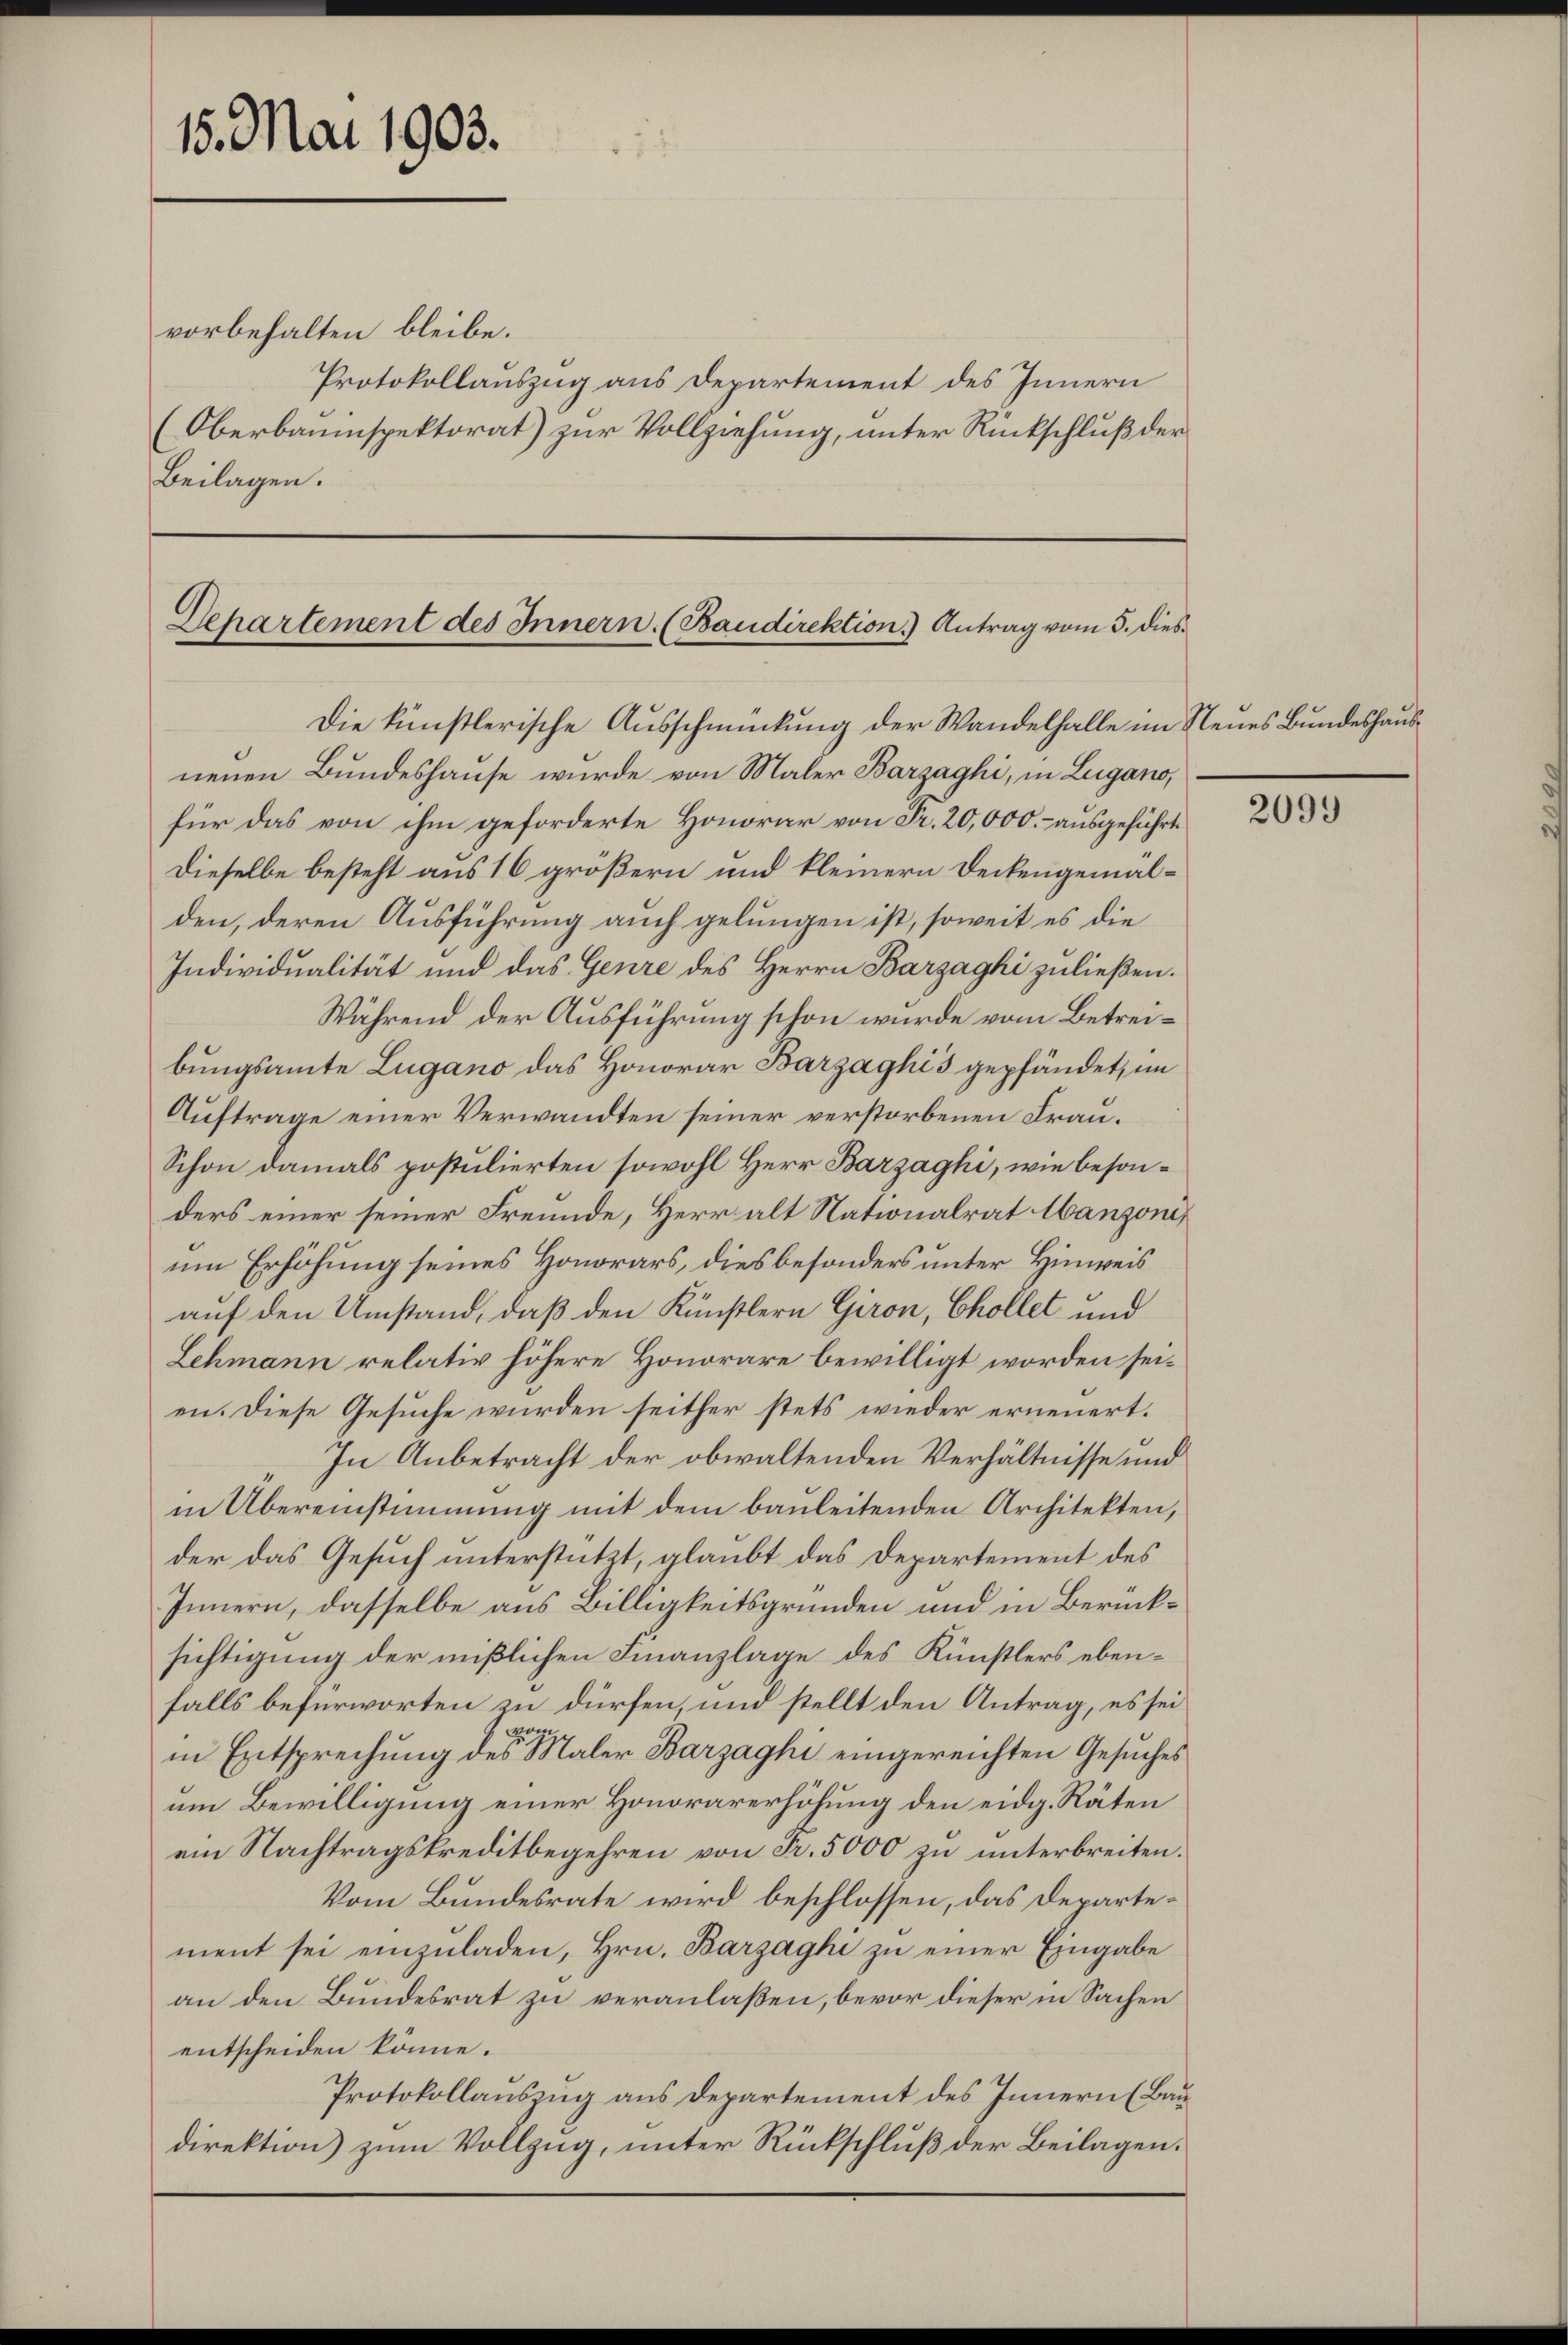
15. Mai 1903.

vorbehalten bleibe.
Protokollauszug aus Departement des Innern
(Oberbauinspektorat) zur Vollziehung, unter Rückschluß der
Beilagen.

Dehartement des Innern. (Baudirektion) Antrag vom 5. dies
Die künstlerische Ausschmückung der Wandelhalle im Neues Bundeshausneuen Bundeshause wurde von Maler Barzaghi, in Lugano,

für das von ihm geforderte Honorar von Fr. 20,000.- ausgeführt
Dieselbe besteht aus 16 größern und kleinern Deckengemälden, deren Ausführung auch gelungen ist, soweit es die
Individualität und das Genre des Herrn Barzaghi zu ließen.
Während der Ausführung schon wurde vom Betreibungsamte Lugano das Honorar Barzaghis gepfändet, im
Auftrage einer Verwandten seiner verstorbenen Fran¬
Schon damals postulierten sowohl Herr Barzaghi, wie besonders einer seiner Freunde, Herr alt Nationalrat Manzoni,
um Erhöhung seines Honorars, dies besonders unter Hinweis
auf den Umstand, daß den Künstlern Giron, Chollet und
Lehmann relativ höhere Honorare bewilligt worden seien. Diese Gesuche wurden seither stets wieder erneuert.
In Anbetracht der obwaltenden Verhältnisse und
in Übereinstimmung mit dem bauleitenden Architekten,
der das Gesuch unterstützt, glaubt das Departement des
Innern, dasselbe aus Billigkeitsgründen und in Berücksichtigung der mißlichen Finanzlage des Künstlers ebenfalls befürworten in dürfen, und stellt den Antrag, es sei
vom
in Entsprechung des Maler Barzaghi eingereichten Gesuches
um Bewilligung einer Honorarerhöhung den eidg. Räten
ein Nachtragskreditbegehren von Fr. 5000 zu unterbreiten.
Vom Bundesrate wird beschlossen, das Departement sei einzuladen, Hrn. Barzaghi zu einer Eingabe
an den Bundesrat zu veranlaßen, bevor dieser in Sachen
entscheiden könne.
Protokollauszug aus Departement des Innern (Bau
direktion) zum Vollzug, unter Rückschluß der Beilagen.

2099